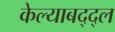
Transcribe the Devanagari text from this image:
केल्याबद्द्ल